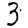
Digit: 3